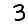
Digit: 3